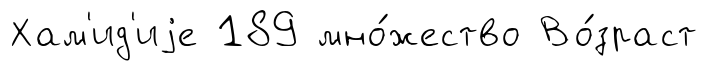
Хам'ид'иjе 189 мно́жество Во́зраст